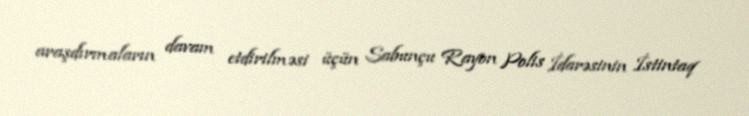
araşdırmaların davam etdirilməsi üçün Sabunçu Rayon Polis İdarəsinin İstintaq